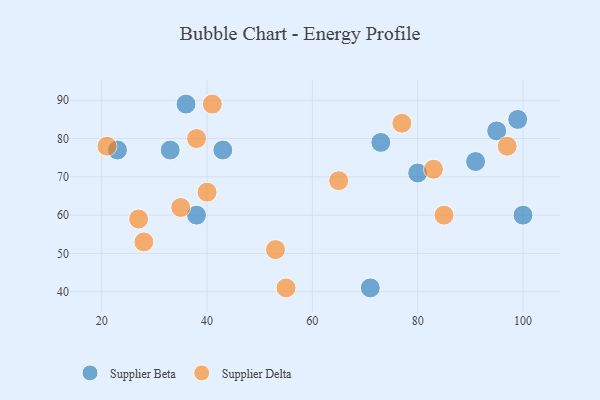
{"axis": {"x": "GDP", "y": "Life Expectancy"}, "legend": ["Supplier Beta", "Supplier Delta"], "data": [{"x": "100", "y": 60, "type": "Supplier Beta"}, {"x": "73", "y": 79, "type": "Supplier Beta"}, {"x": "43", "y": 77, "type": "Supplier Beta"}, {"x": "71", "y": 41, "type": "Supplier Beta"}, {"x": "36", "y": 89, "type": "Supplier Beta"}, {"x": "99", "y": 85, "type": "Supplier Beta"}, {"x": "80", "y": 71, "type": "Supplier Beta"}, {"x": "38", "y": 60, "type": "Supplier Beta"}, {"x": "33", "y": 77, "type": "Supplier Beta"}, {"x": "23", "y": 77, "type": "Supplier Beta"}, {"x": "91", "y": 74, "type": "Supplier Beta"}, {"x": "95", "y": 82, "type": "Supplier Beta"}, {"x": "85", "y": 60, "type": "Supplier Delta"}, {"x": "28", "y": 53, "type": "Supplier Delta"}, {"x": "38", "y": 80, "type": "Supplier Delta"}, {"x": "27", "y": 59, "type": "Supplier Delta"}, {"x": "40", "y": 66, "type": "Supplier Delta"}, {"x": "35", "y": 62, "type": "Supplier Delta"}, {"x": "83", "y": 72, "type": "Supplier Delta"}, {"x": "55", "y": 41, "type": "Supplier Delta"}, {"x": "41", "y": 89, "type": "Supplier Delta"}, {"x": "21", "y": 78, "type": "Supplier Delta"}, {"x": "77", "y": 84, "type": "Supplier Delta"}, {"x": "97", "y": 78, "type": "Supplier Delta"}, {"x": "53", "y": 51, "type": "Supplier Delta"}, {"x": "65", "y": 69, "type": "Supplier Delta"}]}